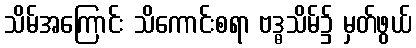
သိမ်အကြောင်း သိကောင်းစရာ ဗဒ္ဓသိမ်၌ မှတ်ဖွယ်